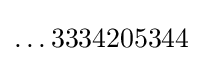
\ldots 3334205344